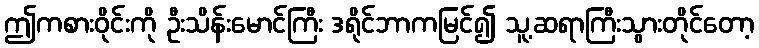
ဤကစားဝိုင်းကို ဦးသိန်းမောင်ကြီး ဒရိုင်ဘာကမြင်၍ သူ့ဆရာကြီးသွားတိုင်တော့